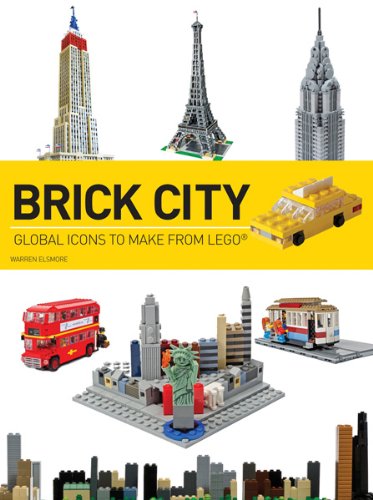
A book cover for Brick City: Global Icons to Make from LEGO (Brick...LEGO Series); Warren Elsmore; Crafts, Hobbies & Home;